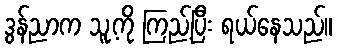
ဒွန်ညာက သူ့ကို ကြည့်ပြီး ရယ်နေသည်။